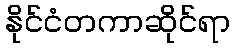
နိုင်ငံတကာဆိုင်ရာ